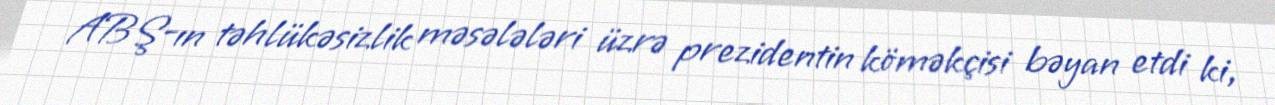
ABŞ-ın təhlükəsizlik məsələləri üzrə prezidentin köməkçisi bəyan etdi ki,